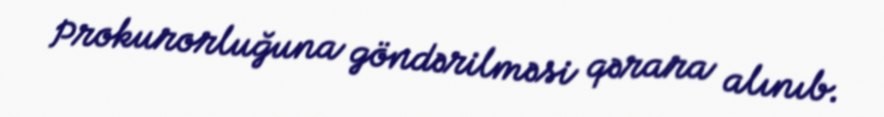
Prokurorluğuna göndərilməsi qərara alınıb.